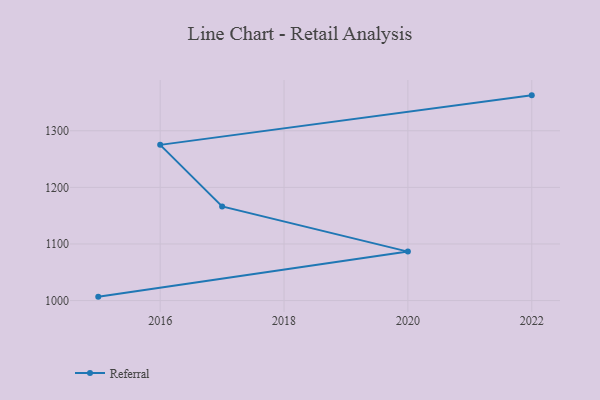
{"axis": {"x": "Year", "y": "Energy Usage (MWh)"}, "legend": ["Referral"], "data": [{"x": "2015", "y": 1006.9, "type": "Referral"}, {"x": "2020", "y": 1086.5, "type": "Referral"}, {"x": "2017", "y": 1166.3, "type": "Referral"}, {"x": "2016", "y": 1275.1, "type": "Referral"}, {"x": "2022", "y": 1362.6, "type": "Referral"}]}